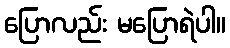
ပြောလည်း မပြောရဲပါ။